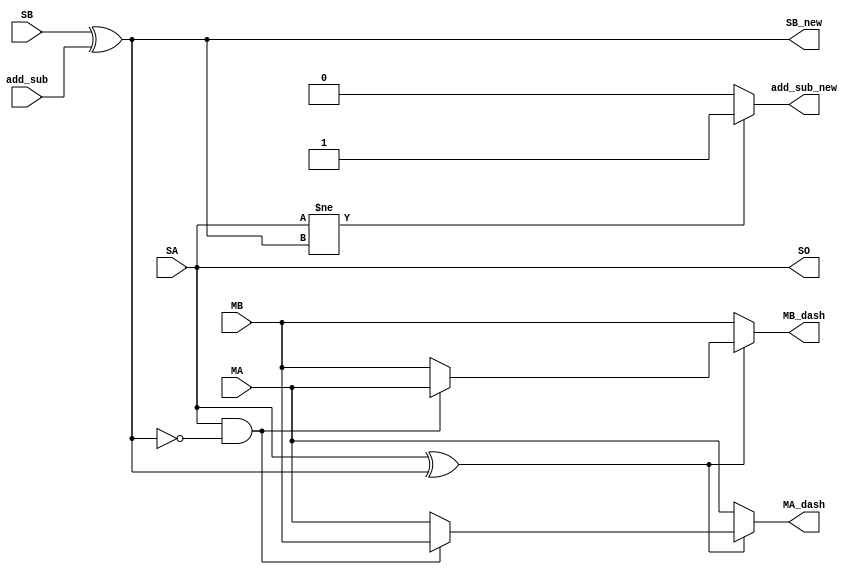
`timescale 1ns / 1ps

module sign_out(
    input [23:0] MA,
    input [23:0] MB,
    input SA,
    input SB,
    input add_sub,
    output reg [23:0] MA_dash,
    output reg [23:0] MB_dash,
    output SO, //sign out
    output SB_new,
    output add_sub_new
    );

assign SB_new = SB ^ add_sub;
assign SO = SA;  //as A is max
assign add_sub_new = (SA != SB_new) ? 1 : 0;

always@* begin
    if(~(SA ^ SB_new)) begin            // Sign A and Sign B_new are equal => No change
        MA_dash = MA;
        MB_dash = MB;
    end
    
    else if(SA & (~SB_new)) begin       // SA = 1 and SB_new = 0  => Swap
        MA_dash <= MB;
        MB_dash <= MA;
    end
    
    else begin                          // SA = 0 and SB_new = 1   => No change
        MA_dash <= MA;
        MB_dash <= MB;
    end     
end

endmodule